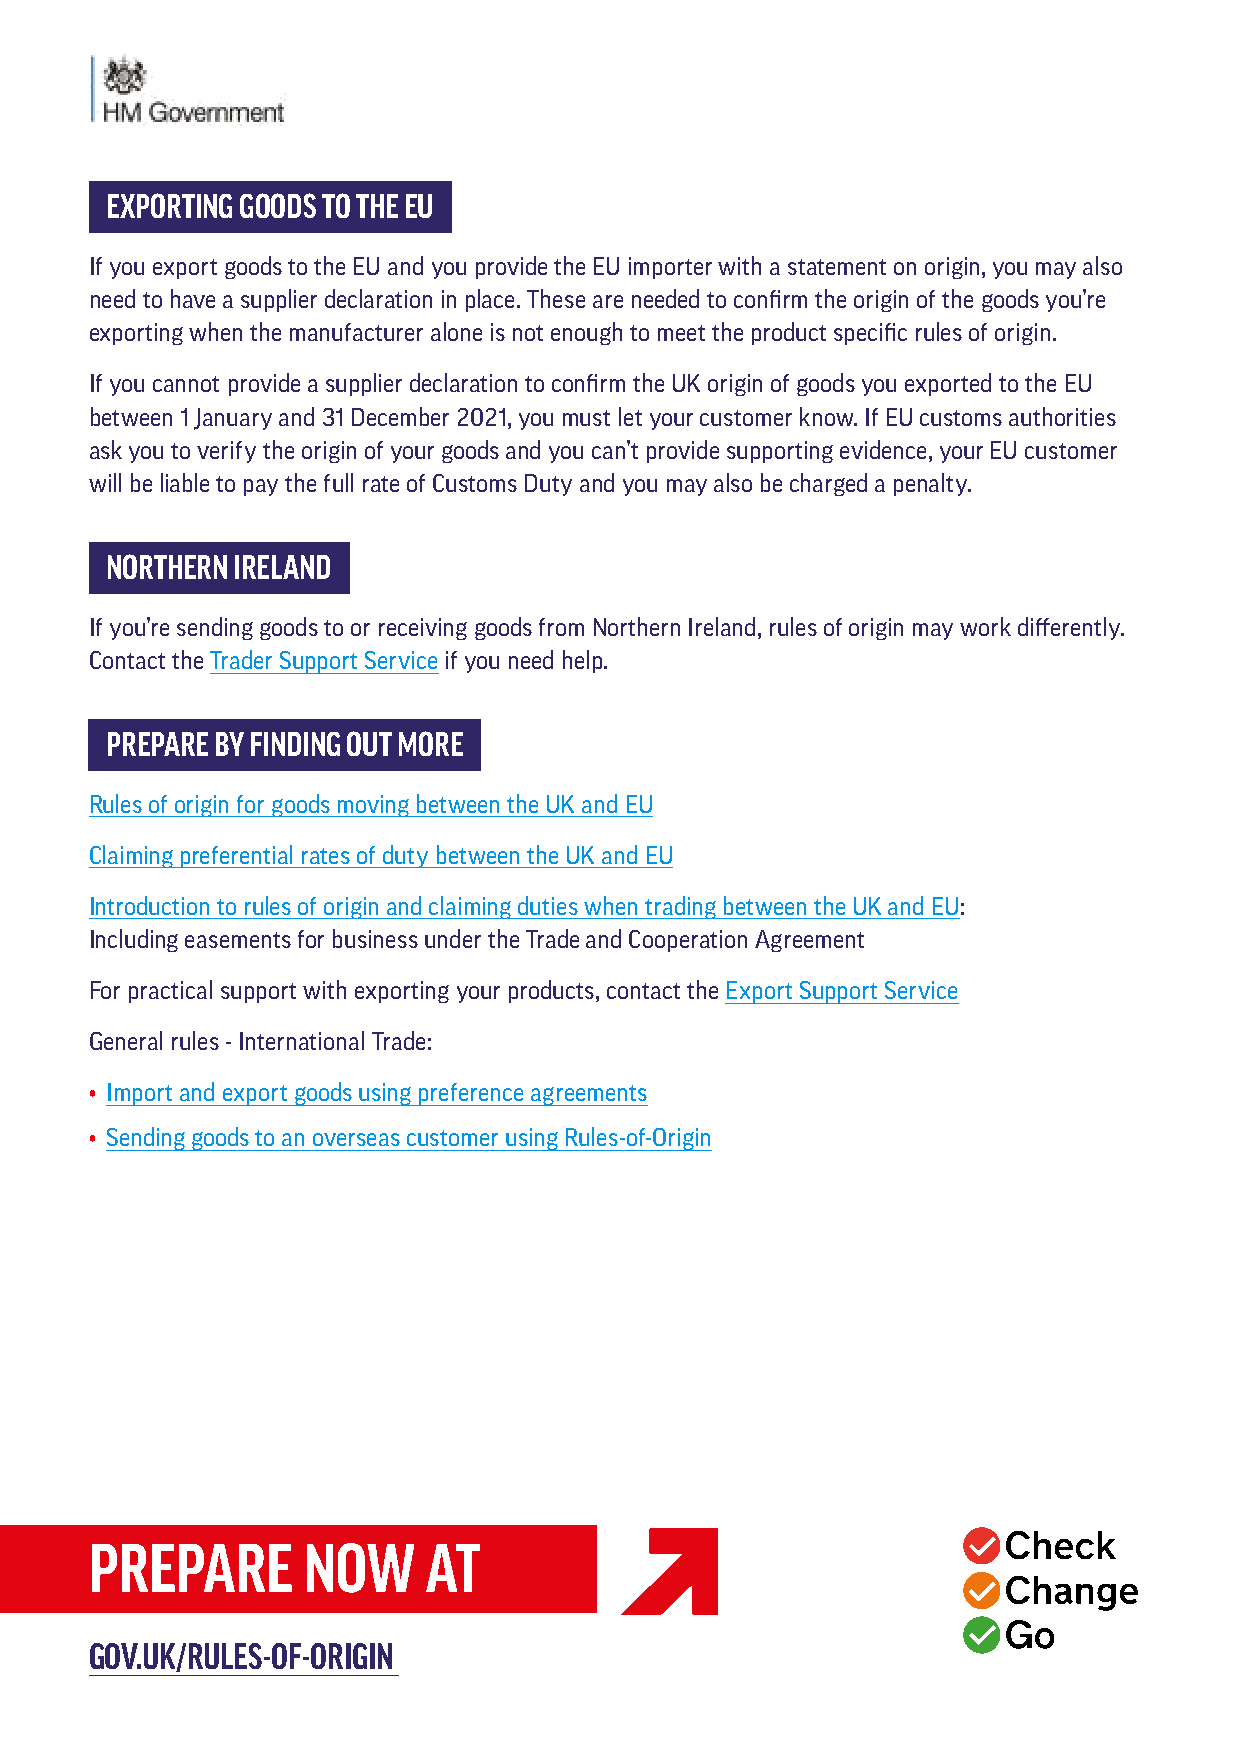
EXPORTING GOODS TO THE EU
 If you export goods to the EU and you provide the EU importer with a statement on origin, you may also
 need to have a supplier declaration in place. These are needed to confirm the origin of the goods you’re
 exporting when the manufacturer alone is not enough to meet the product specific rules of origin.
 If you cannot provide a supplier declaration to confirm the UK origin of goods you exported to the EU
 between 1 January and 31 December 2021, you must let your customer know. If EU customs authorities
 ask you to verify the origin of your goods and you can’t provide supporting evidence, your EU customer
 will be liable to pay the full rate of Customs Duty and you may also be charged a penalty.
 NORTHERN IRELAND
 If you’re sending goods to or receiving goods from Northern Ireland, rules of origin may work differently.
 Contact the Trader Support Service if you need help.
 PREPARE BY FINDING OUT MORE
 Rules of origin for goods moving between the UK and EU
 Claiming preferential rates of duty between the UK and EU
 Introduction to rules of origin and claiming duties when trading between the UK and EU:
 Including easements for business under the Trade and Cooperation Agreement
 For practical support with exporting your products, contact the Export Support Service
 General rules - International Trade:
 • Import and export goods using preference agreements
 • Sending goods to an overseas customer using Rules-of-Origin
 PREPARE       NOW     AT
 GOV.UK/RULES-OF-ORIGIN